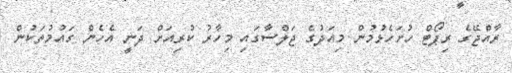
ރާއްޖޭގެ ރިޕޯޓް ހުށަހެޅުމުން މިއަދުގެ ޖަލްސާގައި މިހާރު ކުރިއަށް ދަނީ އެހެން ގައުމުތަކުން